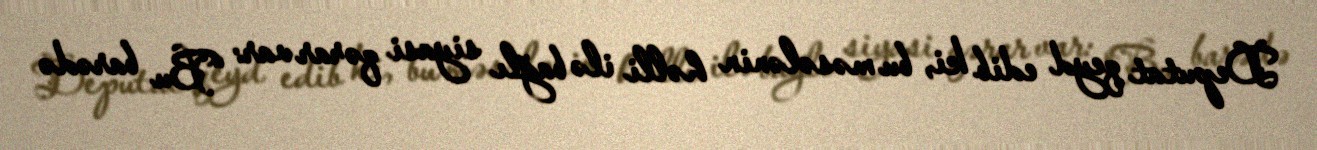
Deputat qeyd edib ki, bu məsələnin həlli ilə bağlı siyasi qərar var: “Bu barədə